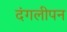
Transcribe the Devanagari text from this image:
दंगलीपन